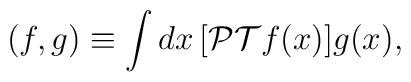
(f,g)\equiv\int dx\,[{\cal PT}f(x)]g(x),